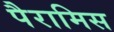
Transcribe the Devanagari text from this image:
पैरामिस